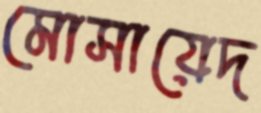
মোসায়েদ